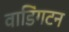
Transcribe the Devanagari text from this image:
वाडिंगटन